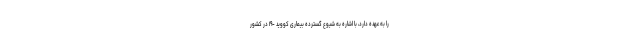
را به عهده دارد، با اشاره به شیوع گسترده بیماری کووید -۱۹ در کشور